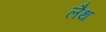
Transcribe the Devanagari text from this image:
लैथ